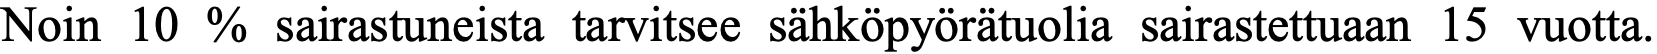
Noin 10 % sairastuneista tarvitsee sähköpyörätuolia sairastettuaan 15 vuotta.